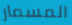
المسمار